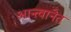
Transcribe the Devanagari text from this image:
आन्त्वानेत